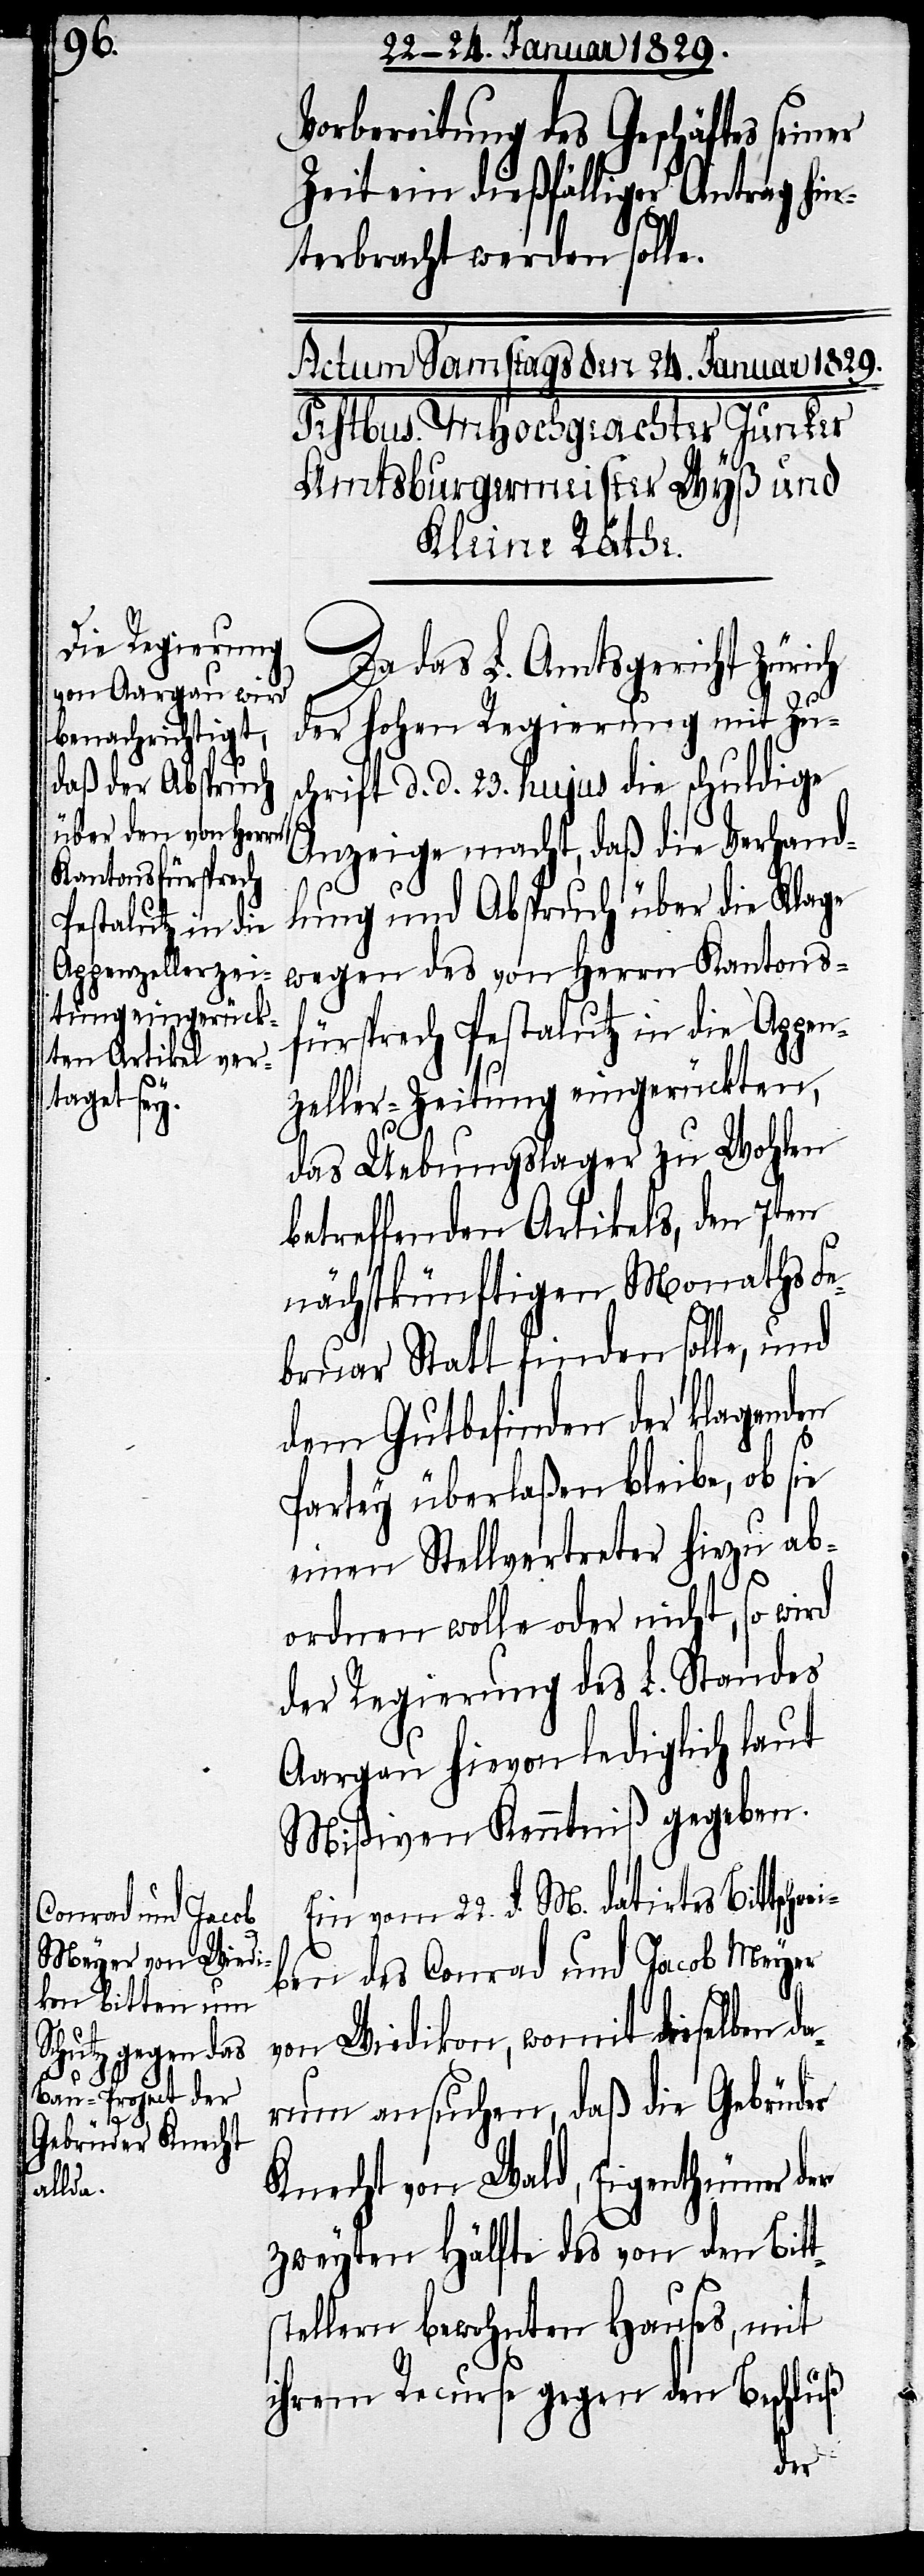
Vorbereitung des Geschäftes
seiner
Zeit ein dießfälliger Antrag hin¬
terbracht werden solle.
Da das L. Amtsgericht Zürich
der Hohen Regierung mit Zu¬
schrift d. d. 23. hujus die schuldige
Anzeige macht, daß die Verhand¬
lung und Abspruch über die Klage
wegen des von Herrn Kantons¬
fürsprech Pestalutz in die Appen¬
zeller-Zeitung eingerückten,
das Uebungslager zu Wohlen
betreffenden Artikels, den 7ten
nächstkünftigen Monath Fe¬
bruar Statt finden solle, und
dem Gutbefinden der klagenden
Partey überlaßen bleibe, ob sie
einen Stellvertreter hiezu ab¬
ordnen wolle oder nicht, so wird
der Regierung des L. Standes
Aargau hievon lediglich laut
Mißiven Kenntniß gegeben.
Ein vom 22. d. M. datirtes Bittschre¬
iben des Conrad und Jacob Meyer
von Wiedikon, womit dieselben da¬
rum ansuchen, daß die Gebrüder
Knecht von Wald, Eigenthümer der
zweyten Hälfte des von den Bitt¬
stellern bewohnten Hauses, mit
ihrem Recurse gegen den Beschluß